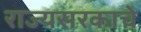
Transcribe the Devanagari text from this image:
राज्यसरकाचे